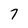
Character: 7